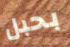
بحبل